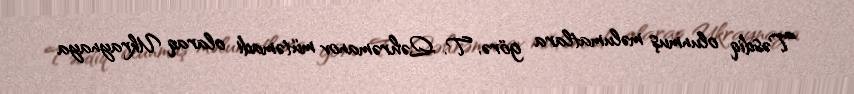
Təsdiq olunmuş məlumatlara görə, T. Qəhrəmanov mütəmadi olaraq Ukraynaya